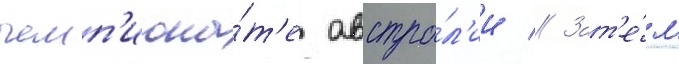
чемп'иона́т'е австра́л'ии // Зат'е́м